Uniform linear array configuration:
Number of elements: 48
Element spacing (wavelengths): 0.75
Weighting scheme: uniform
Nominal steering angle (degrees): -60
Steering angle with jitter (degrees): -61.699
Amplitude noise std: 0.05
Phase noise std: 0.05

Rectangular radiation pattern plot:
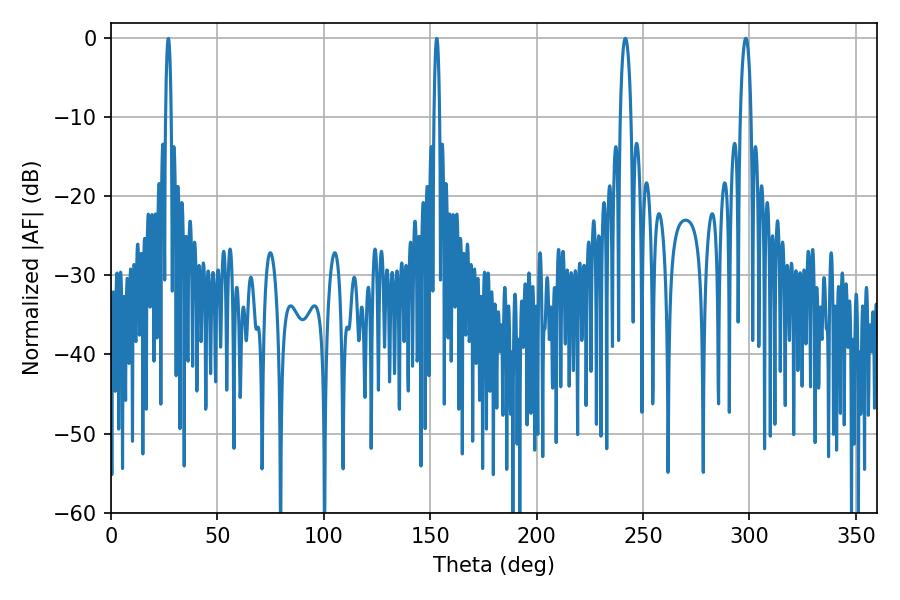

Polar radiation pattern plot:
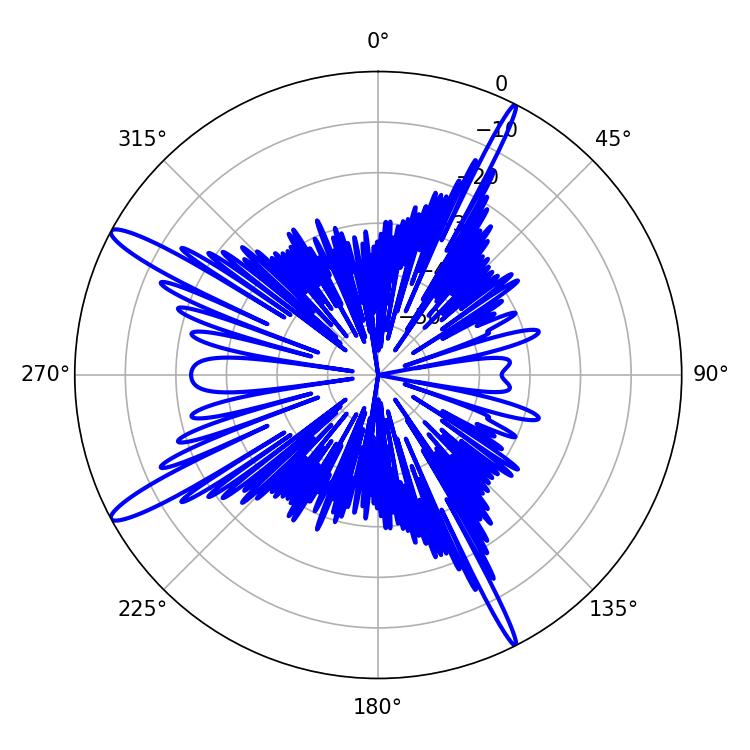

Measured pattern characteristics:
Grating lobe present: TRUE
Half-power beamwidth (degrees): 2.88
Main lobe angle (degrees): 298.26